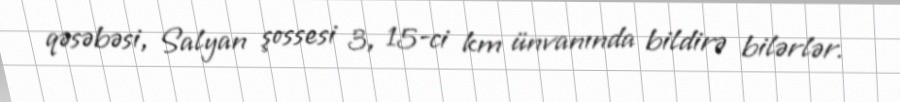
qəsəbəsi, Salyan şossesi 3, 15-ci km ünvanında bildirə bilərlər.